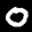
Label: 0